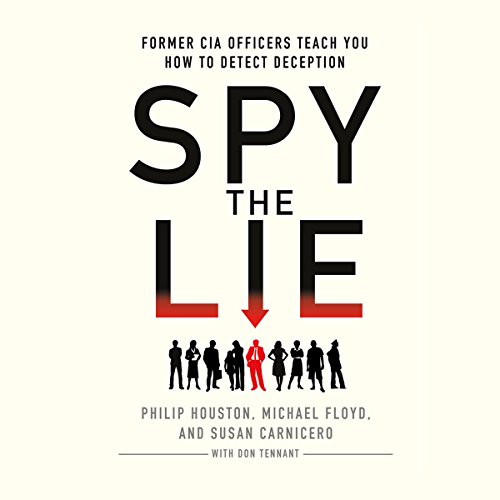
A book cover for Spy the Lie: Former CIA Officers Teach You How to Detect Deception; Philip Houston; Self-Help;